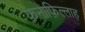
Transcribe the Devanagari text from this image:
फ़नाफ़िल्लाह